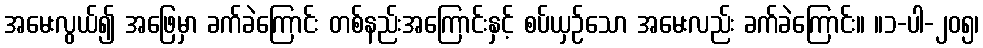
အမေးလွယ်၍ အဖြေမှာ ခက်ခဲကြောင်း တစ်နည်းအကြောင်းနှင့် စပ်ယှဉ်သော အမေးလည်း ခက်ခဲကြောင်း။ ။၁-ပါ-၂၀၅၊